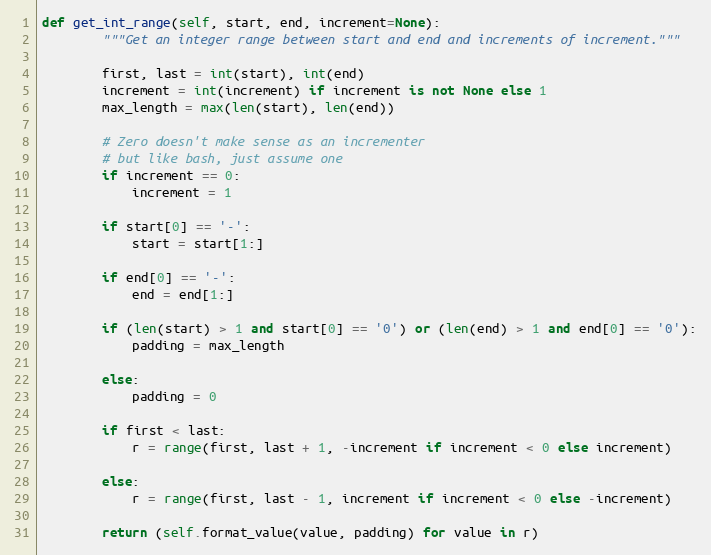
Language: Python
def get_int_range(self, start, end, increment=None):
        """Get an integer range between start and end and increments of increment."""

        first, last = int(start), int(end)
        increment = int(increment) if increment is not None else 1
        max_length = max(len(start), len(end))

        # Zero doesn't make sense as an incrementer
        # but like bash, just assume one
        if increment == 0:
            increment = 1

        if start[0] == '-':
            start = start[1:]

        if end[0] == '-':
            end = end[1:]

        if (len(start) > 1 and start[0] == '0') or (len(end) > 1 and end[0] == '0'):
            padding = max_length

        else:
            padding = 0

        if first < last:
            r = range(first, last + 1, -increment if increment < 0 else increment)

        else:
            r = range(first, last - 1, increment if increment < 0 else -increment)

        return (self.format_value(value, padding) for value in r)